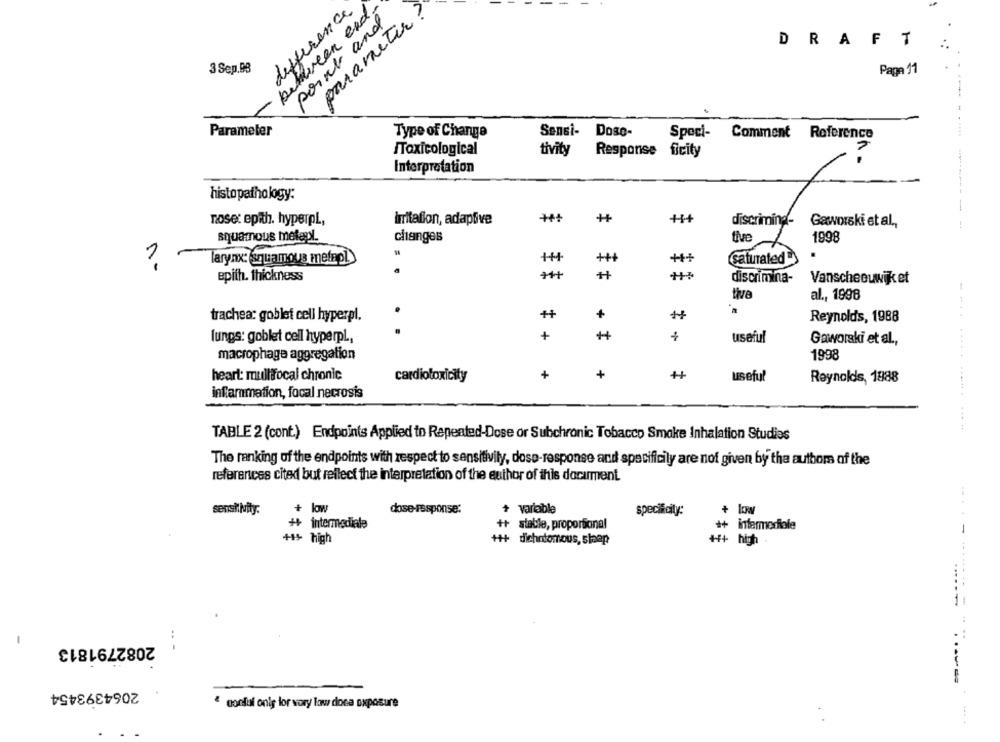
between end-
parameter?
difference
point and
DRAFT
3 Sep.93
Page 11
Parameter
Type of Change
Sensi- Doso-
Spoci-
Comment Reference
... ....
Toxicological
tivity
Response ficity
Interpretation
histopathology:
nose: epith. hyperpl,
irritation, adaptive
++
discrimina-
Gaworski et al .,
squamous metepl.
changes
tive
1998
1
larynx: squamous metrol.
+++
+++
(saturated
epith. thickness
discrimina-
Vanscheeuwijk et
tive
al ., 1998
trachea: goblet cell hyperpl.
++
+
Reynolds, 1988
lungs: goblet cell hyperpl .,
+
useful
Gaworski et al .,
macrophage aggregation
1998
heart: mullfocal chronic
cardiotoxicity
+
+
++
useful
Reynolds, 1888
inflammation, focal necrosis
TABLE 2 (cont.) Endpoints Applied to Repented-Dose or Subchronic Tobacco Smoke Inhalation Studies
The ranking of the endpoints with respect to sensitivity, dose-response and specificily are not given by the authors of the
references cited but reflect the interpretation of the author of this document.
sensitivity.
+ low
dose-response:
+ Variable
specificity:
+ low
++ intermediate
++ stable, proportional
++ infermeriale
-
high
+++ dichotomous, slaap
+1+ high
-
2082791813
...
2064393454
" conluf onig lor wory low doca exposure